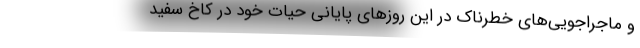
و ماجراجویی‌های خطرناک در این روزهای پایانی حیات خود در کاخ سفید